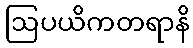
ဩပယိကတရာနိ